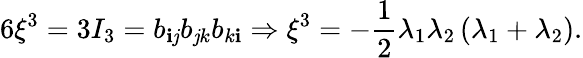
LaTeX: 6\xi^{3}=3I_{3}=b_{\mathbf{i}\mathit{j}}b_{\mathit{j}k}b_{k\mathbf{i}}\Rightarrow\xi^{3}=-\frac{{1}}{{2}}\lambda_{1}\lambda_{2}\left(\lambda_{1}+\lambda_{2}\right).